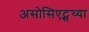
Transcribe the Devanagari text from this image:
असोसिएट्सच्या